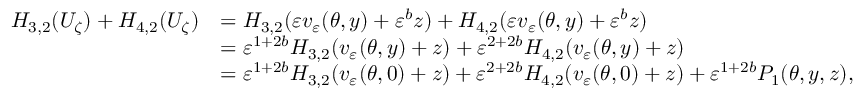
\begin{array} { r l } { H _ { 3 , 2 } ( U _ { \zeta } ) + H _ { 4 , 2 } ( U _ { \zeta } ) } & { = H _ { 3 , 2 } ( \varepsilon v _ { \varepsilon } ( \theta , y ) + \varepsilon ^ { b } z ) + H _ { 4 , 2 } ( \varepsilon v _ { \varepsilon } ( \theta , y ) + \varepsilon ^ { b } z ) } \\ & { = \varepsilon ^ { 1 + 2 b } H _ { 3 , 2 } ( v _ { \varepsilon } ( \theta , y ) + z ) + \varepsilon ^ { 2 + 2 b } H _ { 4 , 2 } ( v _ { \varepsilon } ( \theta , y ) + z ) } \\ & { = \varepsilon ^ { 1 + 2 b } H _ { 3 , 2 } ( v _ { \varepsilon } ( \theta , 0 ) + z ) + \varepsilon ^ { 2 + 2 b } H _ { 4 , 2 } ( v _ { \varepsilon } ( \theta , 0 ) + z ) + \varepsilon ^ { 1 + 2 b } P _ { 1 } ( \theta , y , z ) , } \end{array}